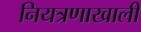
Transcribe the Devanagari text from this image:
नियत्रणाखाली